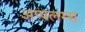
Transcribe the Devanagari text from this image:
अप्पलम्स